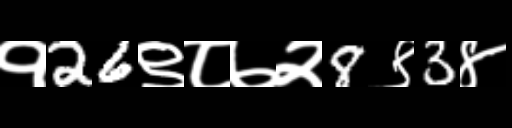
Text: १26९८७२8९3४